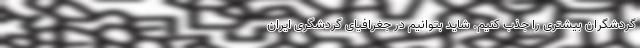
گردشگران بیشتری را جذب کنیم. شاید بتوانیم در جغرافیای گردشگری ایران